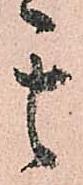
其